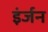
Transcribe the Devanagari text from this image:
इंर्जन